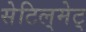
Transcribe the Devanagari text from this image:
सेटिल्‌मेट्